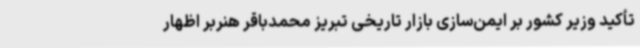
تأکید وزیر کشور بر ایمن‌سازی بازار تاریخی تبریز محمدباقر هنربر اظهار